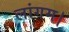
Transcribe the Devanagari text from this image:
लांगम।